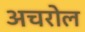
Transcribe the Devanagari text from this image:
अचरोल